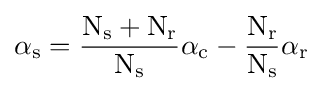
\alpha _{\text{s}}={\frac {{\text{N}}_{\text{s}}+{\text{N}}_{\text{r}}}{{\text{N}}_{\text{s}}}}\alpha _{\text{c}}-{\frac {{\text{N}}_{\text{r}}}{{\text{N}}_{\text{s}}}}\alpha _{\text{r}}